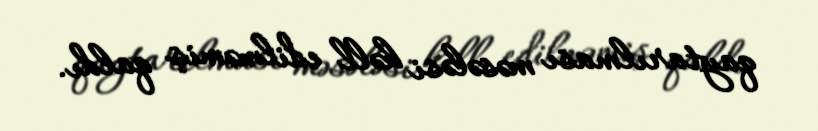
qaytarılması məsələsi həll edilməmiş qaldı.